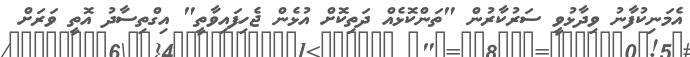
އެމަނިކުފާނު ވިދާޅުވީ ސަރުކާރުން "ތަންކޮޅެއް ދަތިކޮށް އުޅެން ޖެހިފައިވާތީ" އިގްތިސާދު އޮތީ ވަރަށް